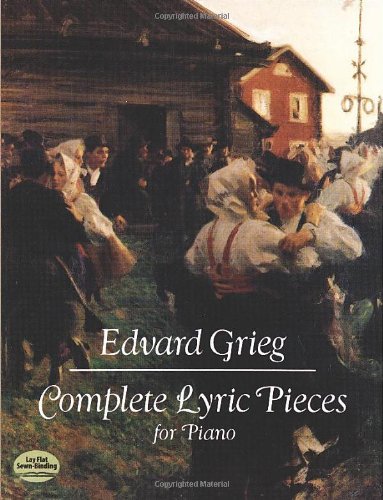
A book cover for Complete Lyric Pieces for Piano (Dover Music for Piano); Edvard Grieg; Humor & Entertainment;